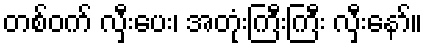
တစ်ဝက် လှီးပေး၊ အတုံးကြီးကြီး လှီးနော်။